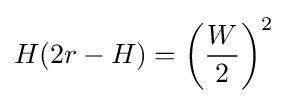
H(2r-H)=\left({\frac {W}{2}}\right)^{2}